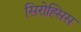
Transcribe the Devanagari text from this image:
सिरोह्सिस